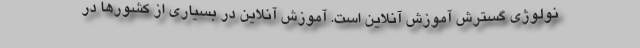
نولوژی گسترش آموزش آنلاین است. آموزش آنلاین در بسیاری از کشورها در